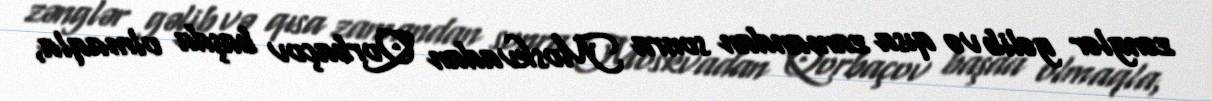
zənglər gəlib və qısa zamandan sonra Moskvadan Qorbaçov başda olmaqla,